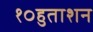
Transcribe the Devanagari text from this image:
१०हुताशन